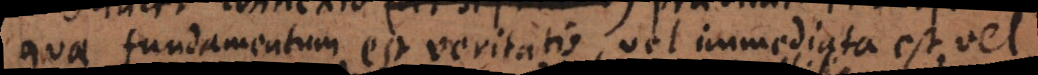
quae fundamentum est veritatis, vel immediata est, vel